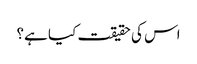
اس کی حقیقت کیا ہے؟